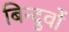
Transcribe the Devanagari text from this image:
बिन्दुवों